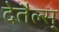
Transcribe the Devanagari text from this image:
देतैल्स्